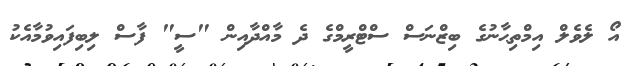
އޯ ލެވެލް އިމްތިޙާނުގެ ބިޒްނަސް ސްޓްރީމްގެ ދެ މާއްދާއިން "ސީ" ފާސް ލިބިފައިވުމާއެކު